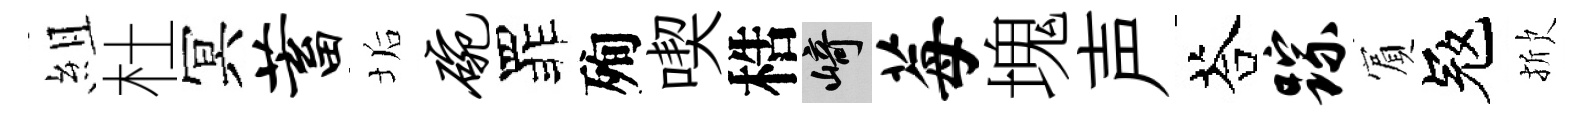
組杜冥蓄垢碗罪殉喫梏崎莓塊声荅踪賔冦掀